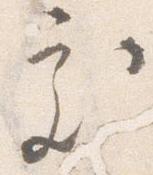
処